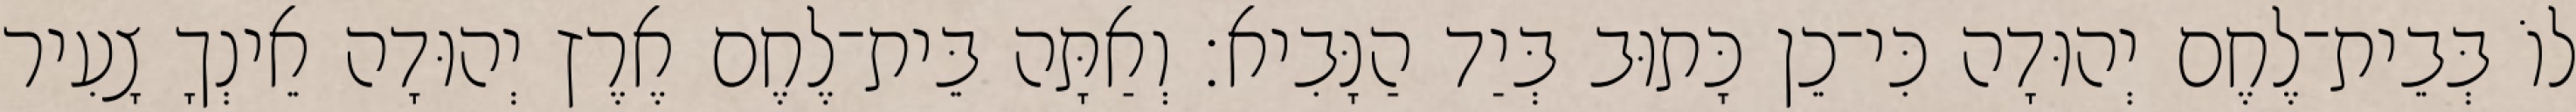
לוֹ בְּבֵית־לֶחֶם יְהוּדָה כִּי־כֵן כָּתוּב בְּיַד הַנָּבִיא׃ וְאַתָּה בֵּית־לֶחֶם אֶרֶץ יְהוּדָה אֵינְךָ צָעִיר